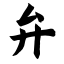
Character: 弁